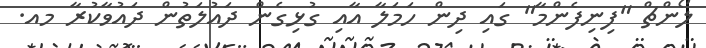
ލޯންޗް "ފިނިފެންމާ" ގައި ދިން ހަމަލާ އާއި ގުޅިގެން ދައުލަތުން ދައުވާކުރާ މއ.